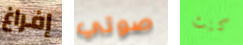
إفراغ صوتي كنت